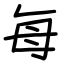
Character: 每